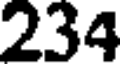
234